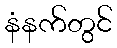
နံနက်တွင်